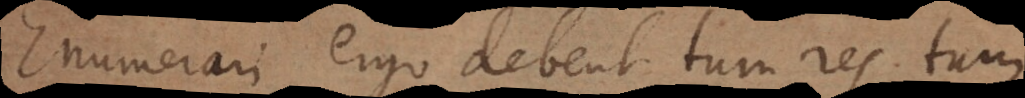
Enumerari ergo debent tum res, tum